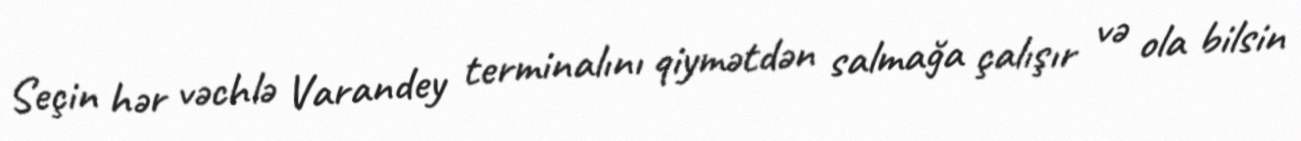
Seçin hər vəchlə Varandey terminalını qiymətdən salmağa çalışır və ola bilsin